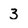
Character: 3